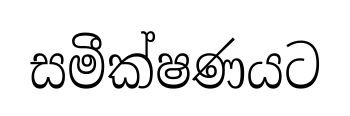
සමීක්ෂණයට